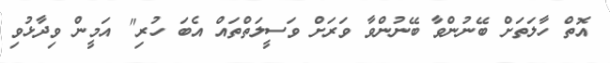
އޮތް ހާލަތަށް ބޭނުންވާ ބޭނުންވާ ވަރަށް ވަސީލަތްތައް އެބަ ހުރި" އަމީން ވިދާޅުވި